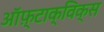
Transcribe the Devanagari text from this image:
ऑफ़्टाक्विक्स